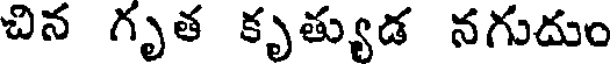
చిన గృత కృత్యుడ నగుదుం